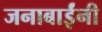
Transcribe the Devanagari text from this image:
जनाबाईंनी